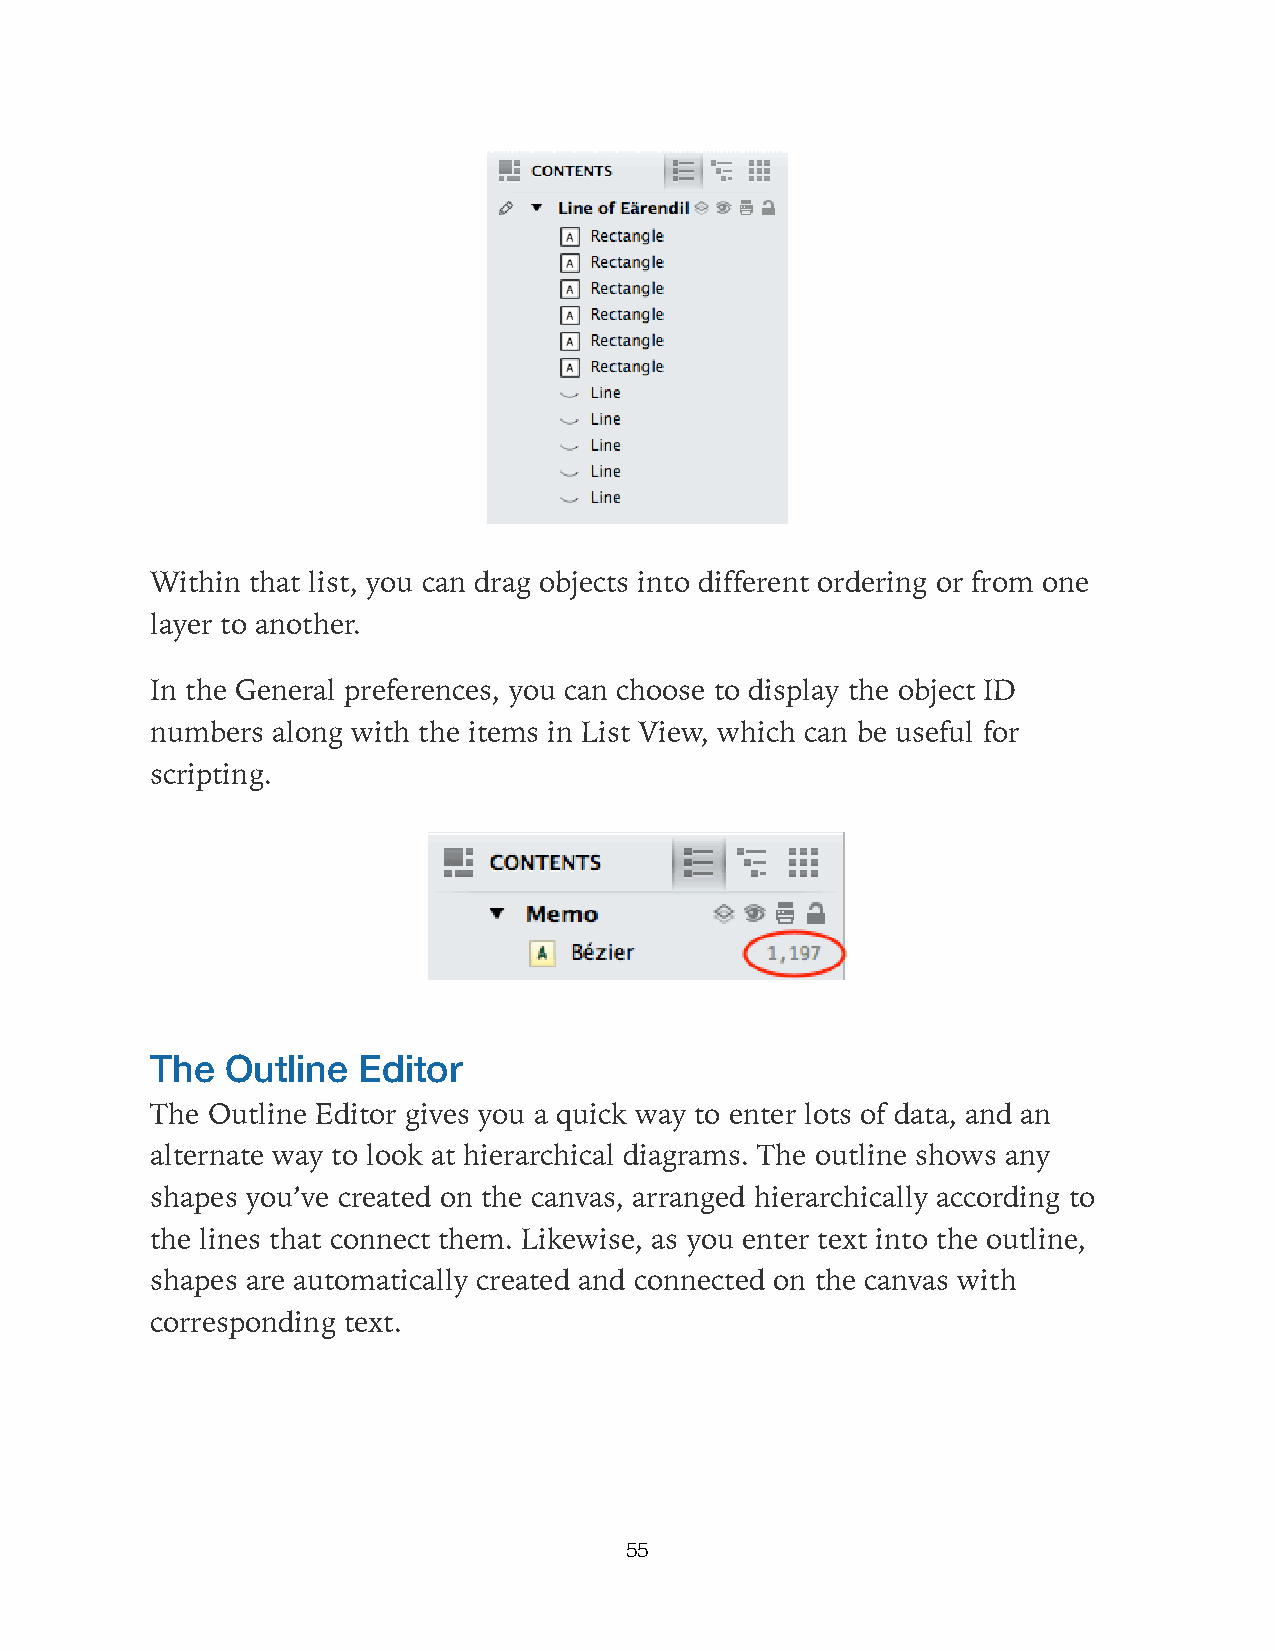
Within that list, you can drag objects into different ordering or from one
 layer to another.
 In the General preferences, you can choose to display the object ID
 numbers along with the items in List View, which can be useful for
 scripting.
 The  Outline  Editor
 The Outline Editor gives you a quick way to enter lots of data, and an
 alternate way to look at hierarchical diagrams. The outline shows any
 shapes you’ve created on the canvas, arranged hierarchically according to
 the lines that connect them. Likewise, as you enter text into the outline,
 shapes are automatically created and connected on the canvas with
 corresponding text.
 55